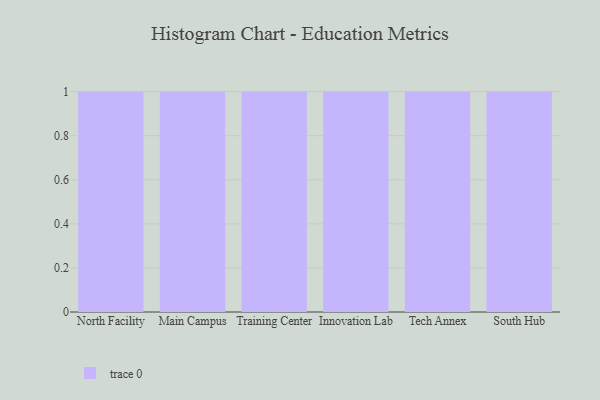
{"axis": {"x": "Campus", "y": "Operating Costs (USD K)"}, "legend": [""], "data": [{"x": "North Facility", "y": 99, "type": ""}, {"x": "Main Campus", "y": 36, "type": ""}, {"x": "Training Center", "y": 73, "type": ""}, {"x": "Innovation Lab", "y": 82, "type": ""}, {"x": "Tech Annex", "y": 4, "type": ""}, {"x": "South Hub", "y": 41, "type": ""}]}